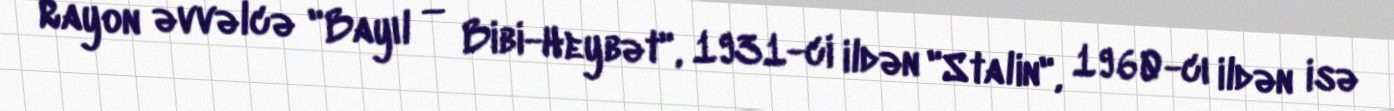
Rayon əvvəlcə "Bayıl — Bibi-Heybət", 1931-ci ildən "Stalin", 1960-cı ildən isə